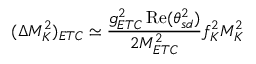
( \Delta M _ { K } ^ { 2 } ) _ { E T C } \simeq { \frac { g _ { E T C } ^ { 2 } \, \mathrm { R e } ( \theta _ { s d } ^ { 2 } ) } { 2 M _ { E T C } ^ { 2 } } } f _ { K } ^ { 2 } M _ { K } ^ { 2 }